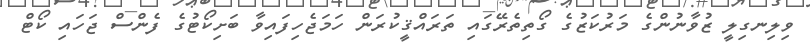
ވިލިނގިލީ ޒުވާނުންގެ މަރުކަޒުގެ ގޯތިތެރޭގައި ތަރައްޤީކުރަން ހަމަޖެހިފައިވާ ބަށިކޯޓުގެ ފެންސް ޖަހައި ކޯޓް